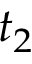
t _ { 2 }